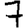
Digit: 7